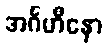
အင်္ဂဟီနော